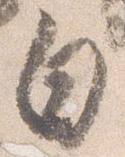
白